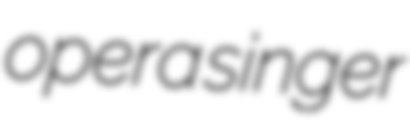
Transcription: opera singer